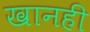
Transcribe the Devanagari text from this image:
खानही